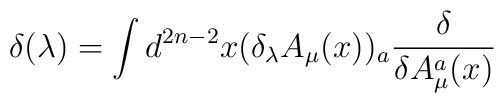
\delta(\lambda)=\int d^{2n-2}x (\delta_{\lambda} A_{\mu}(x))_{a}\frac{\delta}{\delta A_{\mu}^{a}  (x)}